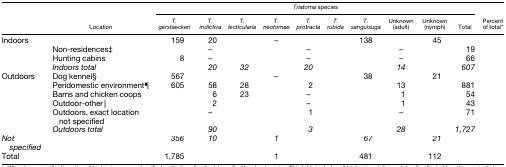
<table><thead><tr><td>[EMPTY_CELL]</td><td rowspan="2"><b>Location</b></td><td colspan="10"><b><i>Triatoma</i> species</b></td><td>[EMPTY_CELL]</td></tr><tr><td>[EMPTY_CELL]</td><td><b><i>T. gerstaeckeri</i></b></td><td><b><i>T. indictiva</i></b></td><td><b><i>T. lecticularia</i></b></td><td><b><i>T. neotomae</i></b></td><td><b><i>T. protracta</i></b></td><td><b><i>T. rubida</i></b></td><td><b><i>T. sanguisuga</i></b></td><td><b>Unknown (adult)</b></td><td><b>Unknown (nymph)</b></td><td><b>Total</b></td><td><b>Percent of total*</b></td></tr></thead><tbody><tr><td rowspan="4">Indoors</td><td>[EMPTY_CELL]</td><td>159</td><td>20</td><td>[EMPTY_CELL]</td><td>–</td><td>[EMPTY_CELL]</td><td>[EMPTY_CELL]</td><td>138</td><td>[EMPTY_CELL]</td><td>45</td><td>[EMPTY_CELL]</td><td>[EMPTY_CELL]</td></tr><tr><td>Non-residences‡</td><td>[EMPTY_CELL]</td><td>–</td><td>[EMPTY_CELL]</td><td>[EMPTY_CELL]</td><td>–</td><td>[EMPTY_CELL]</td><td>[EMPTY_CELL]</td><td>–</td><td>[EMPTY_CELL]</td><td>19</td><td>[EMPTY_CELL]</td></tr><tr><td>Hunting cabins</td><td>8</td><td>–</td><td>[EMPTY_CELL]</td><td>[EMPTY_CELL]</td><td>–</td><td>[EMPTY_CELL]</td><td>[EMPTY_CELL]</td><td>–</td><td>[EMPTY_CELL]</td><td>66</td><td>[EMPTY_CELL]</td></tr><tr><td><i>Indoors total</i></td><td>[EMPTY_CELL]</td><td><i>20</i></td><td><i>32</i></td><td>[EMPTY_CELL]</td><td><i>20</i></td><td>[EMPTY_CELL]</td><td>[EMPTY_CELL]</td><td><i>14</i></td><td>[EMPTY_CELL]</td><td><i>607</i></td><td>[EMPTY_CELL]</td></tr><tr><td rowspan="6">Outdoors</td><td>Dog kennel§</td><td>567</td><td>[EMPTY_CELL]</td><td>[EMPTY_CELL]</td><td>–</td><td>[EMPTY_CELL]</td><td>[EMPTY_CELL]</td><td>38</td><td>[EMPTY_CELL]</td><td>21</td><td>[EMPTY_CELL]</td><td>[EMPTY_CELL]</td></tr><tr><td>Peridomestic environment¶</td><td>605</td><td>58</td><td>28</td><td>[EMPTY_CELL]</td><td>2</td><td>[EMPTY_CELL]</td><td>[EMPTY_CELL]</td><td>13</td><td>[EMPTY_CELL]</td><td>881</td><td>[EMPTY_CELL]</td></tr><tr><td>Barns and chicken coops</td><td>[EMPTY_CELL]</td><td>6</td><td>23</td><td>[EMPTY_CELL]</td><td>–</td><td>[EMPTY_CELL]</td><td>[EMPTY_CELL]</td><td>1</td><td>[EMPTY_CELL]</td><td>54</td><td>[EMPTY_CELL]</td></tr><tr><td>Outdoor-other‖</td><td>[EMPTY_CELL]</td><td>2</td><td>[EMPTY_CELL]</td><td>[EMPTY_CELL]</td><td>–</td><td>[EMPTY_CELL]</td><td>[EMPTY_CELL]</td><td>1</td><td>[EMPTY_CELL]</td><td>43</td><td>[EMPTY_CELL]</td></tr><tr><td>Outdoors, exact location not specified</td><td>[EMPTY_CELL]</td><td>–</td><td>[EMPTY_CELL]</td><td>[EMPTY_CELL]</td><td>1</td><td>[EMPTY_CELL]</td><td>[EMPTY_CELL]</td><td>–</td><td>[EMPTY_CELL]</td><td>71</td><td>[EMPTY_CELL]</td></tr><tr><td><i>Outdoors total</i></td><td>[EMPTY_CELL]</td><td><i>90</i></td><td>[EMPTY_CELL]</td><td>[EMPTY_CELL]</td><td><i>3</i></td><td>[EMPTY_CELL]</td><td>[EMPTY_CELL]</td><td><i>28</i></td><td>[EMPTY_CELL]</td><td><i>1,727</i></td><td>[EMPTY_CELL]</td></tr><tr><td><i>Not specified</i></td><td>[EMPTY_CELL]</td><td><i>356</i></td><td><i>10</i></td><td>[EMPTY_CELL]</td><td><i>1</i></td><td>[EMPTY_CELL]</td><td>[EMPTY_CELL]</td><td><i>67</i></td><td>[EMPTY_CELL]</td><td><i>21</i></td><td>[EMPTY_CELL]</td><td>[EMPTY_CELL]</td></tr><tr><td>Total</td><td>[EMPTY_CELL]</td><td>1,785</td><td>[EMPTY_CELL]</td><td>[EMPTY_CELL]</td><td>1</td><td>[EMPTY_CELL]</td><td>[EMPTY_CELL]</td><td>481</td><td>[EMPTY_CELL]</td><td>112</td><td>[EMPTY_CELL]</td><td>[EMPTY_CELL]</td></tr></tbody></table>